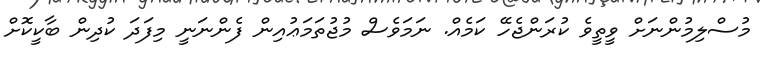
މުސްލިމުންނަށް ވީތީވެ ކުރަންޖެހޭ ކަމެއް. ނަމަވެސް މުޖުތަމަޢުއިން ފެންނަނީ މިފަދަ ކުދިން ބާކީކޮށް